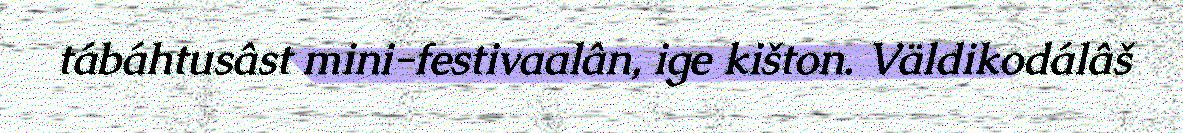
tábáhtusâst mini-festivaalân, ige kišton. Väldikodálâš